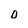
Character: O